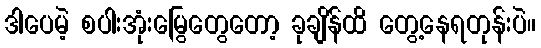
ဒါပေမဲ့ စပါးအုံးမြွေတွေတော့ ခုချိန်ထိ တွေ့နေရတုန်းပဲ။